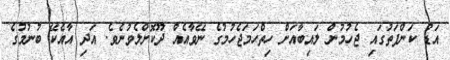
އަޑު ކަންފަތުގައި ޖެހުމުން ލައިބާއަށް ހިތްހަމަޖެހުމުގެ ނޭވާއެއް ދޫކޮށްލެވުނެވެ. އަދި އާއެކޭ ބުނުމުގެ